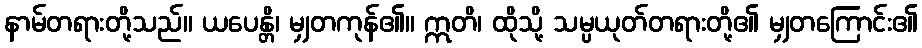
နာမ်တရားတို့သည်။ ယပေန္တိ၊ မျှတကုန်၏။ ဣတိ၊ ထိုသို့ သမ္ပယုတ်တရားတို့၏ မျှတကြောင်း၏